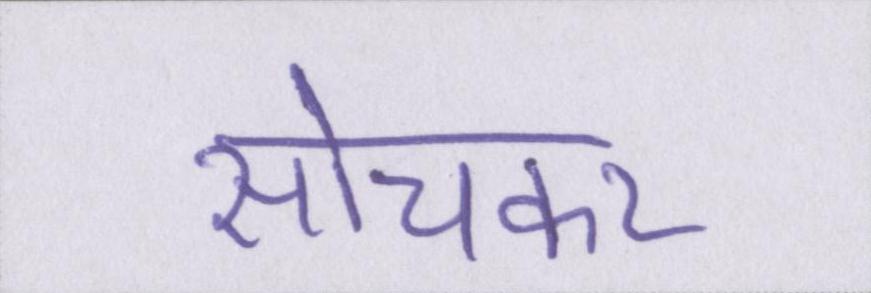
सोचकर